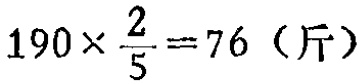
\(190\times \frac{2}{5}=76（斤）\)